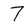
Character: 7